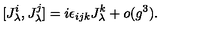
[ J _ { \lambda } ^ { i } , J _ { \lambda } ^ { j } ] = i \epsilon _ { i j k } J _ { \lambda } ^ { k } + o ( g ^ { 3 } ) .